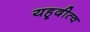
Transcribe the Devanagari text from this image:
यहूदीत्व